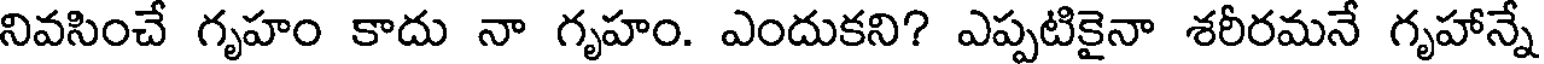
నివసించే గృహం కాదు నా గృహం. ఎందుకని? ఎప్పటికైనా శరీరమనే గృహాన్నే